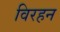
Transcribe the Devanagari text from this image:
विरहन